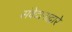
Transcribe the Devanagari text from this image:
संवेदानाद्वारे